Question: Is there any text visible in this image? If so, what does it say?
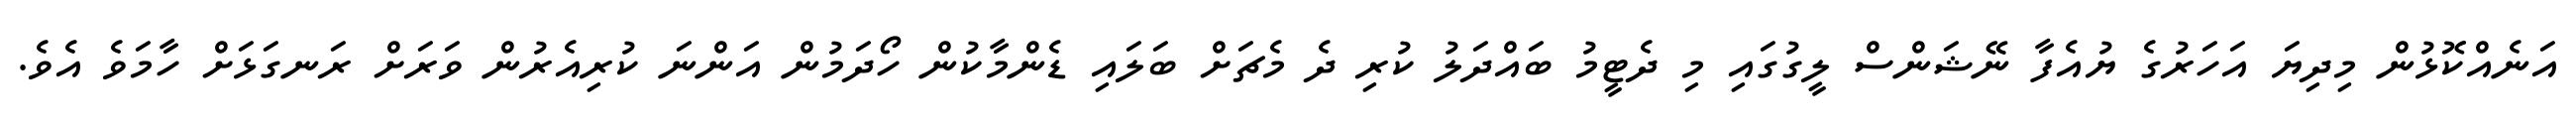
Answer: އަނެއްކޮޅުން މިދިޔަ އަހަރުގެ ޔުއެފާ ނޭޝަންސް ލީގުގައި މި ދެޓީމު ބައްދަލު ކުރި ދެ މެޗަށް ބަލައި ޑެންމާކުން ހޯދަމުން އަންނަ ކުރިއެރުން ވަރަށް ރަނގަޅަށް ހާމަވެ އެވެ.